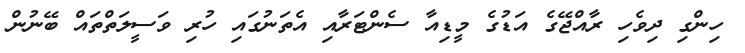
ހިންގި ދިވެހި ރާއްޖޭގެ އަޑުގެ މީޑިއާ ސެންޓަރާއި އެތަނުގައި ހުރި ވަސީލަތްތައް ބޭނުން